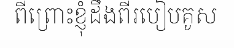
ពីព្រោះខ្ញុំដឹងពីរបៀបគូស